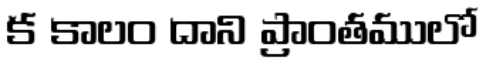
క కాలం దాని ప్రాంతములో